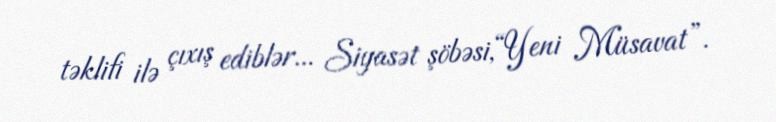
təklifi ilə çıxış ediblər... Siyasət şöbəsi,“Yeni Müsavat”.